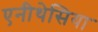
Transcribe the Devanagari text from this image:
एनीथेसिया